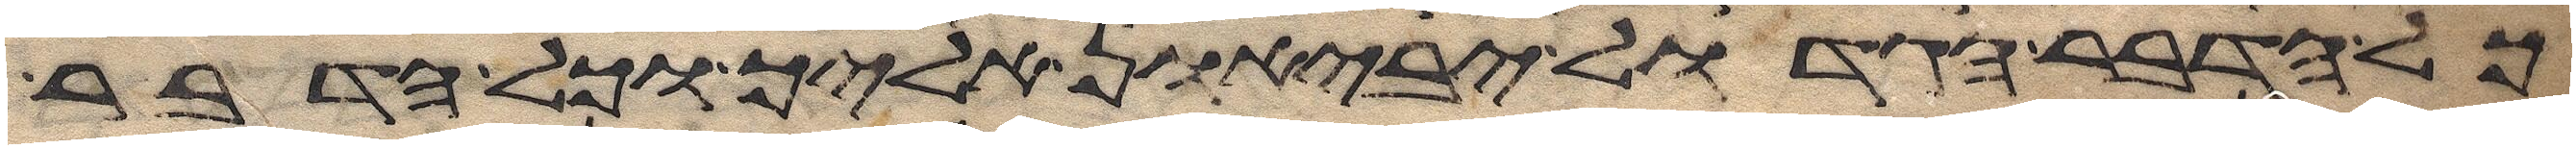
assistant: כל הדבר הגדול יביאון אליך וכל הדבר